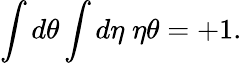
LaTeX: \int d\theta\int d\eta\; \eta\theta=+1.